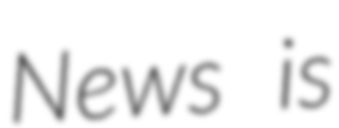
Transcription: News is